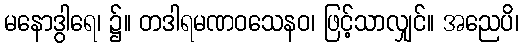
မနောဒွါရေ၊ ၌။ တဒါရမဏဝသေနဝ၊ ဖြင့်သာလျှင်။ အညေပိ၊